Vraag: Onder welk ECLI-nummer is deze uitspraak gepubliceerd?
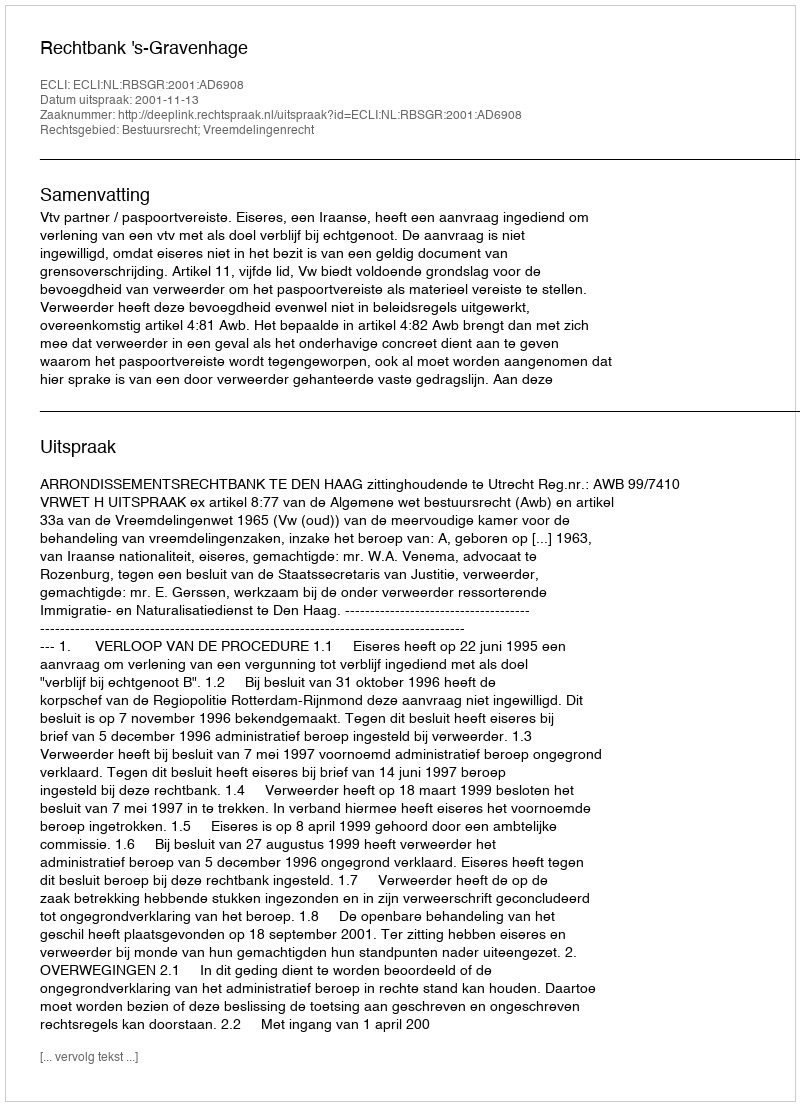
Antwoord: ECLI:NL:RBSGR:2001:AD6908